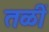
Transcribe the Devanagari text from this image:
तळीं